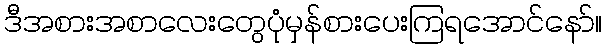
ဒီအစားအစာလေးတွေပုံမှန်စားပေးကြရအောင်နော်။